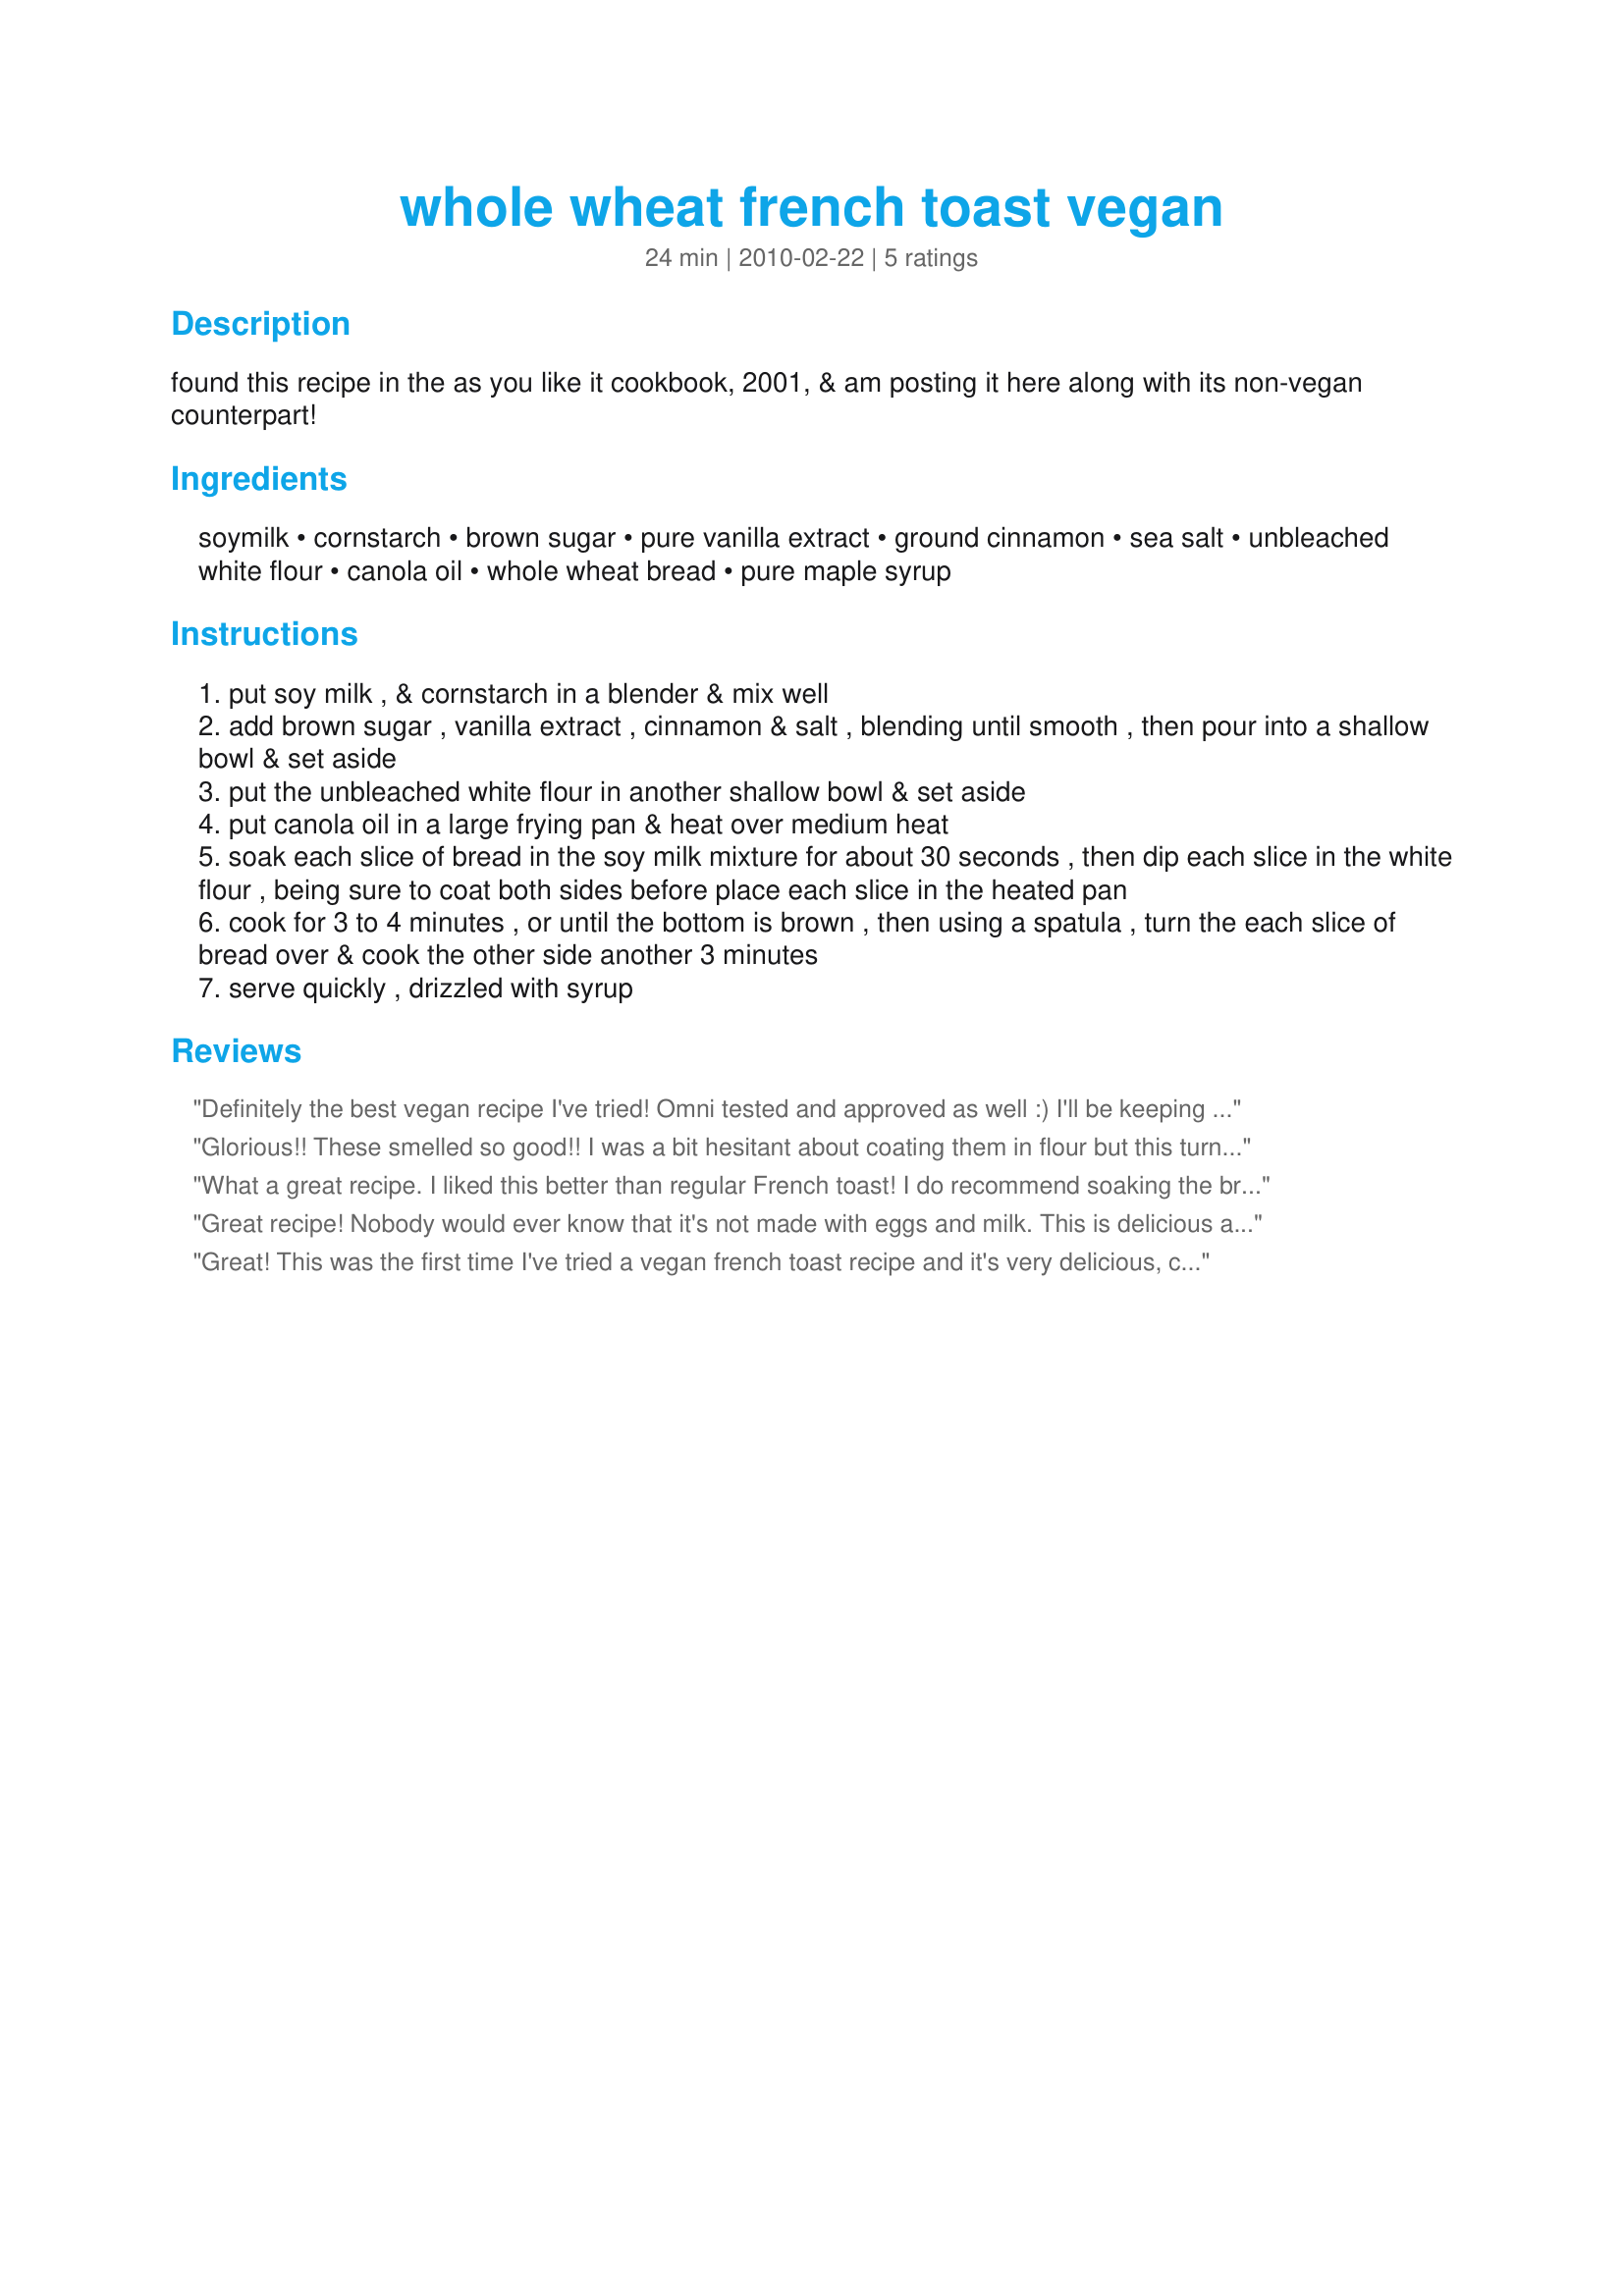
whole wheat french toast vegan
Preparation time: 24 minutes

found this recipe in the as you like it cookbook, 2001, & am posting it here along with its non-vegan counterpart!

Ingredients:
soymilk, cornstarch, brown sugar, pure vanilla extract, ground cinnamon, sea salt, unbleached white flour, canola oil, whole wheat bread, pure maple syrup

Steps:
put soy milk , & cornstarch in a blender & mix well
add brown sugar , vanilla extract , cinnamon & salt , blending until smooth , then pour into a shallow bowl & set aside
put the unbleached white flour in another shallow bowl & set aside
put canola oil in a large frying pan & heat over medium heat
soak each slice of bread in the soy milk mixture for about 30 seconds , then dip each slice in the white flour , being sure to coat both sides before place each slice in the heated pan
cook for 3 to 4 minutes , or until the bottom is brown , then using a spatula , turn the each slice of bread over & cook the other side another 3 minutes
serve quickly , drizzled with syrup

Reviews:
Definitely the best vegan recipe I've tried! Omni tested and approved as well :) I'll be keeping this one around. I skimped a bit on the flour after reading other reviews, but wouldn't next time! It's what gives the toast that "french toasty" texture. Ingenious! I used unsweetened almond milk in place of soy (as I often do) and it worked out fine! Thanks for the recipe!
Glorious!! These smelled so good!! I was a bit hesitant about coating them in flour but this turned out amazing! The flour really held all the goodies in and browned up nicely! I sprinkled a bit of vegan powdered sugar on top and my husband really looooved these which is amazing as he's new to eating vegan versions. Definite keeper!! Made for Veggie Swap 23!!
What a great recipe. I liked this better than regular French toast! I do recommend soaking the bread for less time. When I did it for the full 30 seconds, the bread was still a bit soggy in the middle after the outside was completely cooked and ready. Note - this could be because of the bread I used.? When soaking for less time, the French toast turned out perfect and crispy. I LOVE the flour method. It really creates a crispiness. The flavor is excellent, too. Yum!
Great recipe! Nobody would ever know that it's not made with eggs and milk. This is delicious and easy to make! Reviewed for Veg*an Swap, June 2010
Great! This was the first time I've tried a vegan french toast recipe and it's very delicious, crispy on the outside and lovely and moist on the inside. You really don't miss the egg at all, in fact I like it better, it's much lighter. The tricky part for me was the flour, I found I had too much on the first few slices, so I started sprinkling it on and that worked much better. Watch out, this does burn pretty easily, slow and steady is the way to go. Very tasty, just the right amount of vanilla and cinnamon. thanks Syd! I'm sure I'll be making this often.
